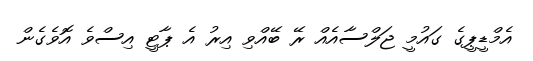
އެމްޑީޕީގެ ގައުމީ ޖަލްސާއެއް ރޭ ބޭއްވި އިރު އެ ޕާޓީ އިސްވެ އޮވެގެން